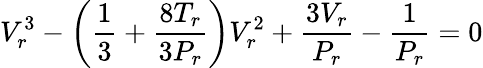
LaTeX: V_{r}^{3}-\left({\frac{1}{3}}+{\frac{8T_{r}}{3P_{r}}}\right)V_{r}^{2}+{\frac{3V_{r}}{P_{r}}}-{\frac{1}{P_{r}}}=0